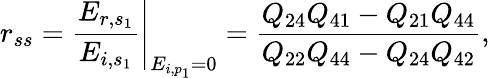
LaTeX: r_{ss}=\left.\frac{E_{r,s_{1}}}{E_{i,s_{1}}}\right\vert_{E_{i,p_{1}}=0}=\frac{Q_{24}Q_{41}-Q_{21}Q_{44}}{Q_{22}Q_{44}-Q_{24}Q_{42}},